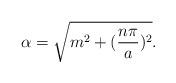
LaTeX: \begin{align*}\alpha=\sqrt{m^{2}+(\frac{n\pi}{a})^{2}}.\end{align*}